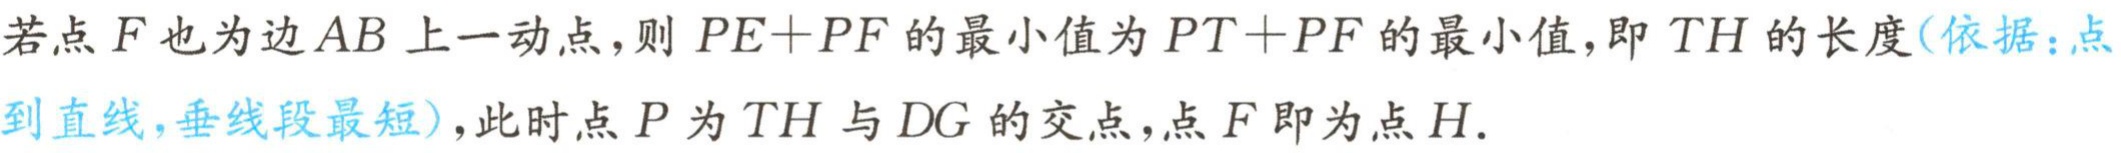
若点\(F\)也为边\(AB\)上一动点，则\(PE + PF\)的最小值为\(PT + PF\)的最小值，即\(TH\)的长度(依据：点到直线，垂线段最短)，此时点\(P\)为\(TH\)与\(DG\)的交点，点\(F\)即为点\(H\).